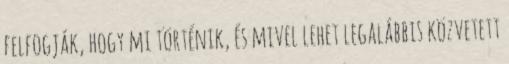
felfogják, hogy mi történik, és mivel lehet legalábbis közvetett